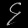
Digit: ၄